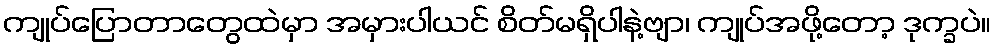
ကျုပ်ပြောတာတွေထဲမှာ အမှားပါယင် စိတ်မရှိပါနဲ့ဗျာ၊ ကျုပ်အဖို့တော့ ဒုက္ခပဲ။